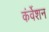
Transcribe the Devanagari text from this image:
कंर्वेशन